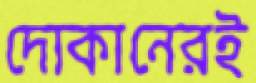
দোকানেরই